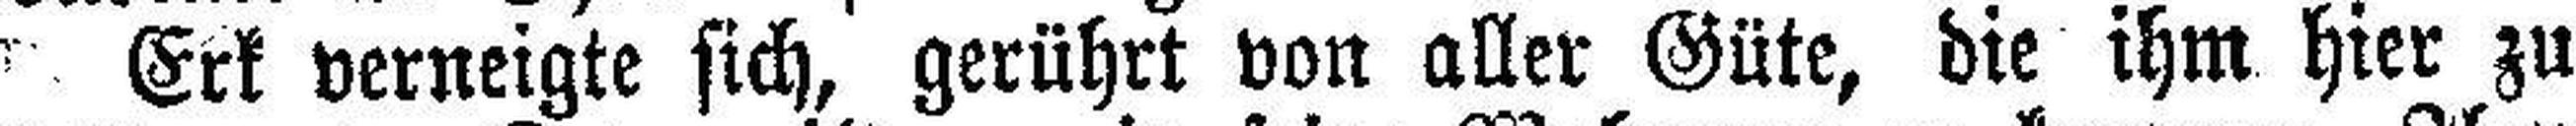
Erk verneigte sich, gerührt von aller Güte, die ihm hier zu